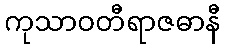
ကုသာဝတီရာဇဓာနီ